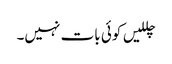
چللیں کوئی بات نہیں۔